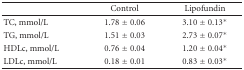
|  | Control | Lipofundin |
 | --- | --- | --- |
 | TC, mmol/L | 1.78 ± 0.06 | 3.10 ± 0.13* |
 | TG, mmol/L | 1.51 ± 0.03 | 2.73 ± 0.07* |
 | HDLc, mmol/L | 0.76 ± 0.04 | 1.20 ± 0.04* |
 | LDLc, mmol/L | 0.18 ± 0.01 | 0.83 ± 0.03* |